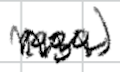
Text: 1939)
Cross-out: mix
Writing tool: digital_black